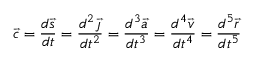
{ \vec { c } } = { \frac { d { \vec { s } } } { d t } } = { \frac { d ^ { 2 } { \vec { \jmath } } } { d t ^ { 2 } } } = { \frac { d ^ { 3 } { \vec { a } } } { d t ^ { 3 } } } = { \frac { d ^ { 4 } { \vec { v } } } { d t ^ { 4 } } } = { \frac { d ^ { 5 } { \vec { r } } } { d t ^ { 5 } } }